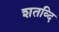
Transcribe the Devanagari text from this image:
शतव्दि